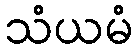
သံယမံ